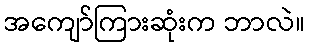
အကျော်ကြားဆုံးက ဘာလဲ။